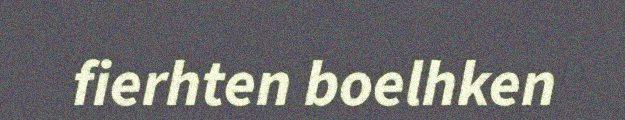
fierhten boelhken